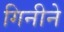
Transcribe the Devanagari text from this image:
गिनीने